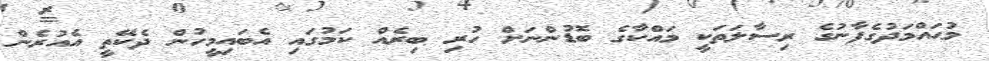
މުޙައްމަދުގެފާނުގެ ރިސާލަތަކީ މައްކާގެ ބޮޑުންނަށް ހުރި ބިރެއް ކަމުގައި އެބައިމީހުން ދެކޭތީ އެއުރެން